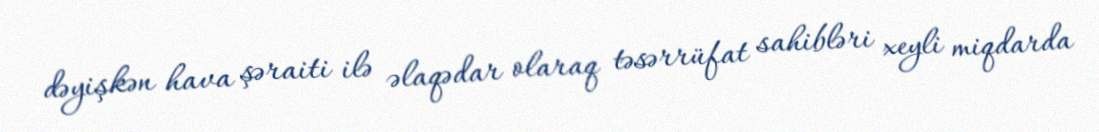
dəyişkən hava şəraiti ilə əlaqədar olaraq təsərrüfat sahibləri xeyli miqdarda